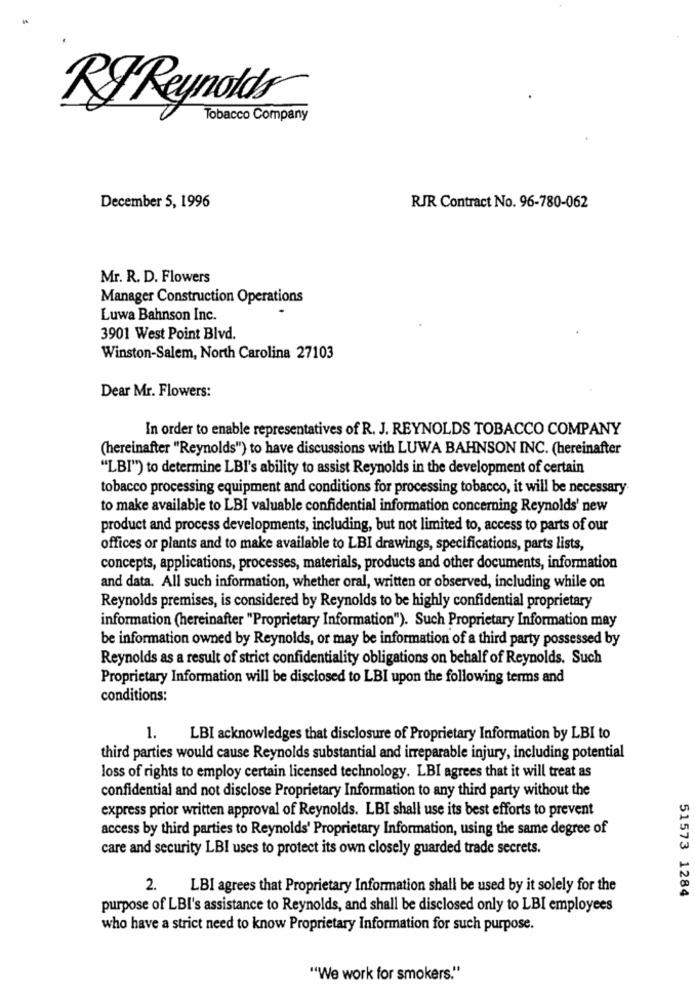
RF Reynolds
Tobacco Company
December 5, 1996
RJR Contract No. 96-780-062
Mr. R. D. Flowers
Manager Construction Operations
Luwa Bahnson Inc.
3901 West Point Blvd.
Winston-Salem, North Carolina 27103
Dear Mr. Flowers:
In order to enable representatives of R. J. REYNOLDS TOBACCO COMPANY
(hereinafter "Reynolds"') to have discussions with LUWA BAHNSON INC. (hereinafter
"LBI") to determine LBI's ability to assist Reynolds in the development of certain
tobacco processing equipment and conditions for processing tobacco, it will be necessary.
to make available to LBI valuable confidential information concerning Reynolds' new
product and process developments, including, but not limited to, access to parts of our
offices or plants and to make available to LBI drawings, specifications, parts lists,
concepts, applications, processes, materials, products and other documents, information
and data. All such information, whether oral, written or observed, including while on
Reynolds premises, is considered by Reynolds to be highly confidential proprietary
information (hereinafter "Proprietary Information"). Such Proprietary Information may
be information owned by Reynolds, or may be information of a third party possessed by
Reynolds as a result of strict confidentiality obligations on behalf of Reynolds. Such
Proprietary Information will be disclosed to LBI upon the following terms and
conditions:
LBI acknowledges that disclosure of Proprietary Information by LBI to
third parties would cause Reynolds substantial and irreparable injury, including potential
loss of rights to employ certain licensed technology. LBI agrees that it will treat as
confidential and not disclose Proprietary Information to any third party without the
express prior written approval of Reynolds. LBI shall use its best efforts to prevent
access by third parties to Reynolds' Proprietary Information, using the same degree of
care and security LBI uses to protect its own closely guarded trade secrets.
2.
LBI agrees that Proprietary Information shall be used by it solely for the
51573 1284
purpose of LBI's assistance to Reynolds, and shall be disclosed only to LBI employees
who have a strict need to know Proprietary Information for such purpose.
"We work for smokers."